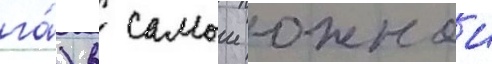
га́) в самои южнои